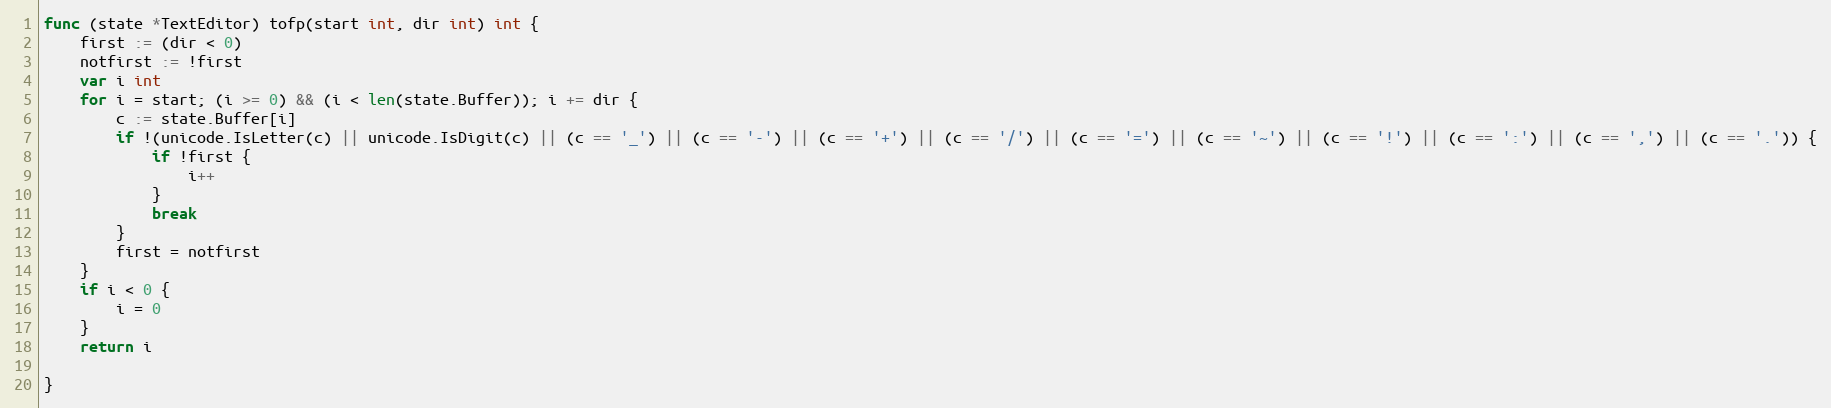
Language: Go
func (state *TextEditor) tofp(start int, dir int) int {
	first := (dir < 0)
	notfirst := !first
	var i int
	for i = start; (i >= 0) && (i < len(state.Buffer)); i += dir {
		c := state.Buffer[i]
		if !(unicode.IsLetter(c) || unicode.IsDigit(c) || (c == '_') || (c == '-') || (c == '+') || (c == '/') || (c == '=') || (c == '~') || (c == '!') || (c == ':') || (c == ',') || (c == '.')) {
			if !first {
				i++
			}
			break
		}
		first = notfirst
	}
	if i < 0 {
		i = 0
	}
	return i

}